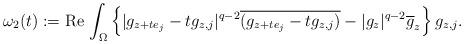
LaTeX: \begin{align*}\omega_2(t):=\mathrm{Re}\,\int_\Omega\left\{|g_{z+te_j}-tg_{z,j}|^{q-2}\overline{(g_{z+te_j}-tg_{z,j})}-|g_z|^{q-2}\overline{g}_z\right\}g_{z,j}.\end{align*}